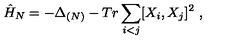
\hat { H } _ { N } = - \Delta _ { ( N ) } - T r \sum _ { i < j } [ X _ { i } , X _ { j } ] ^ { 2 } \ ,